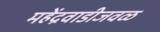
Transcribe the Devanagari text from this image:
महेंद्रवाडीजवळ